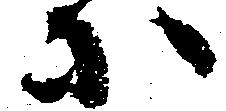
等